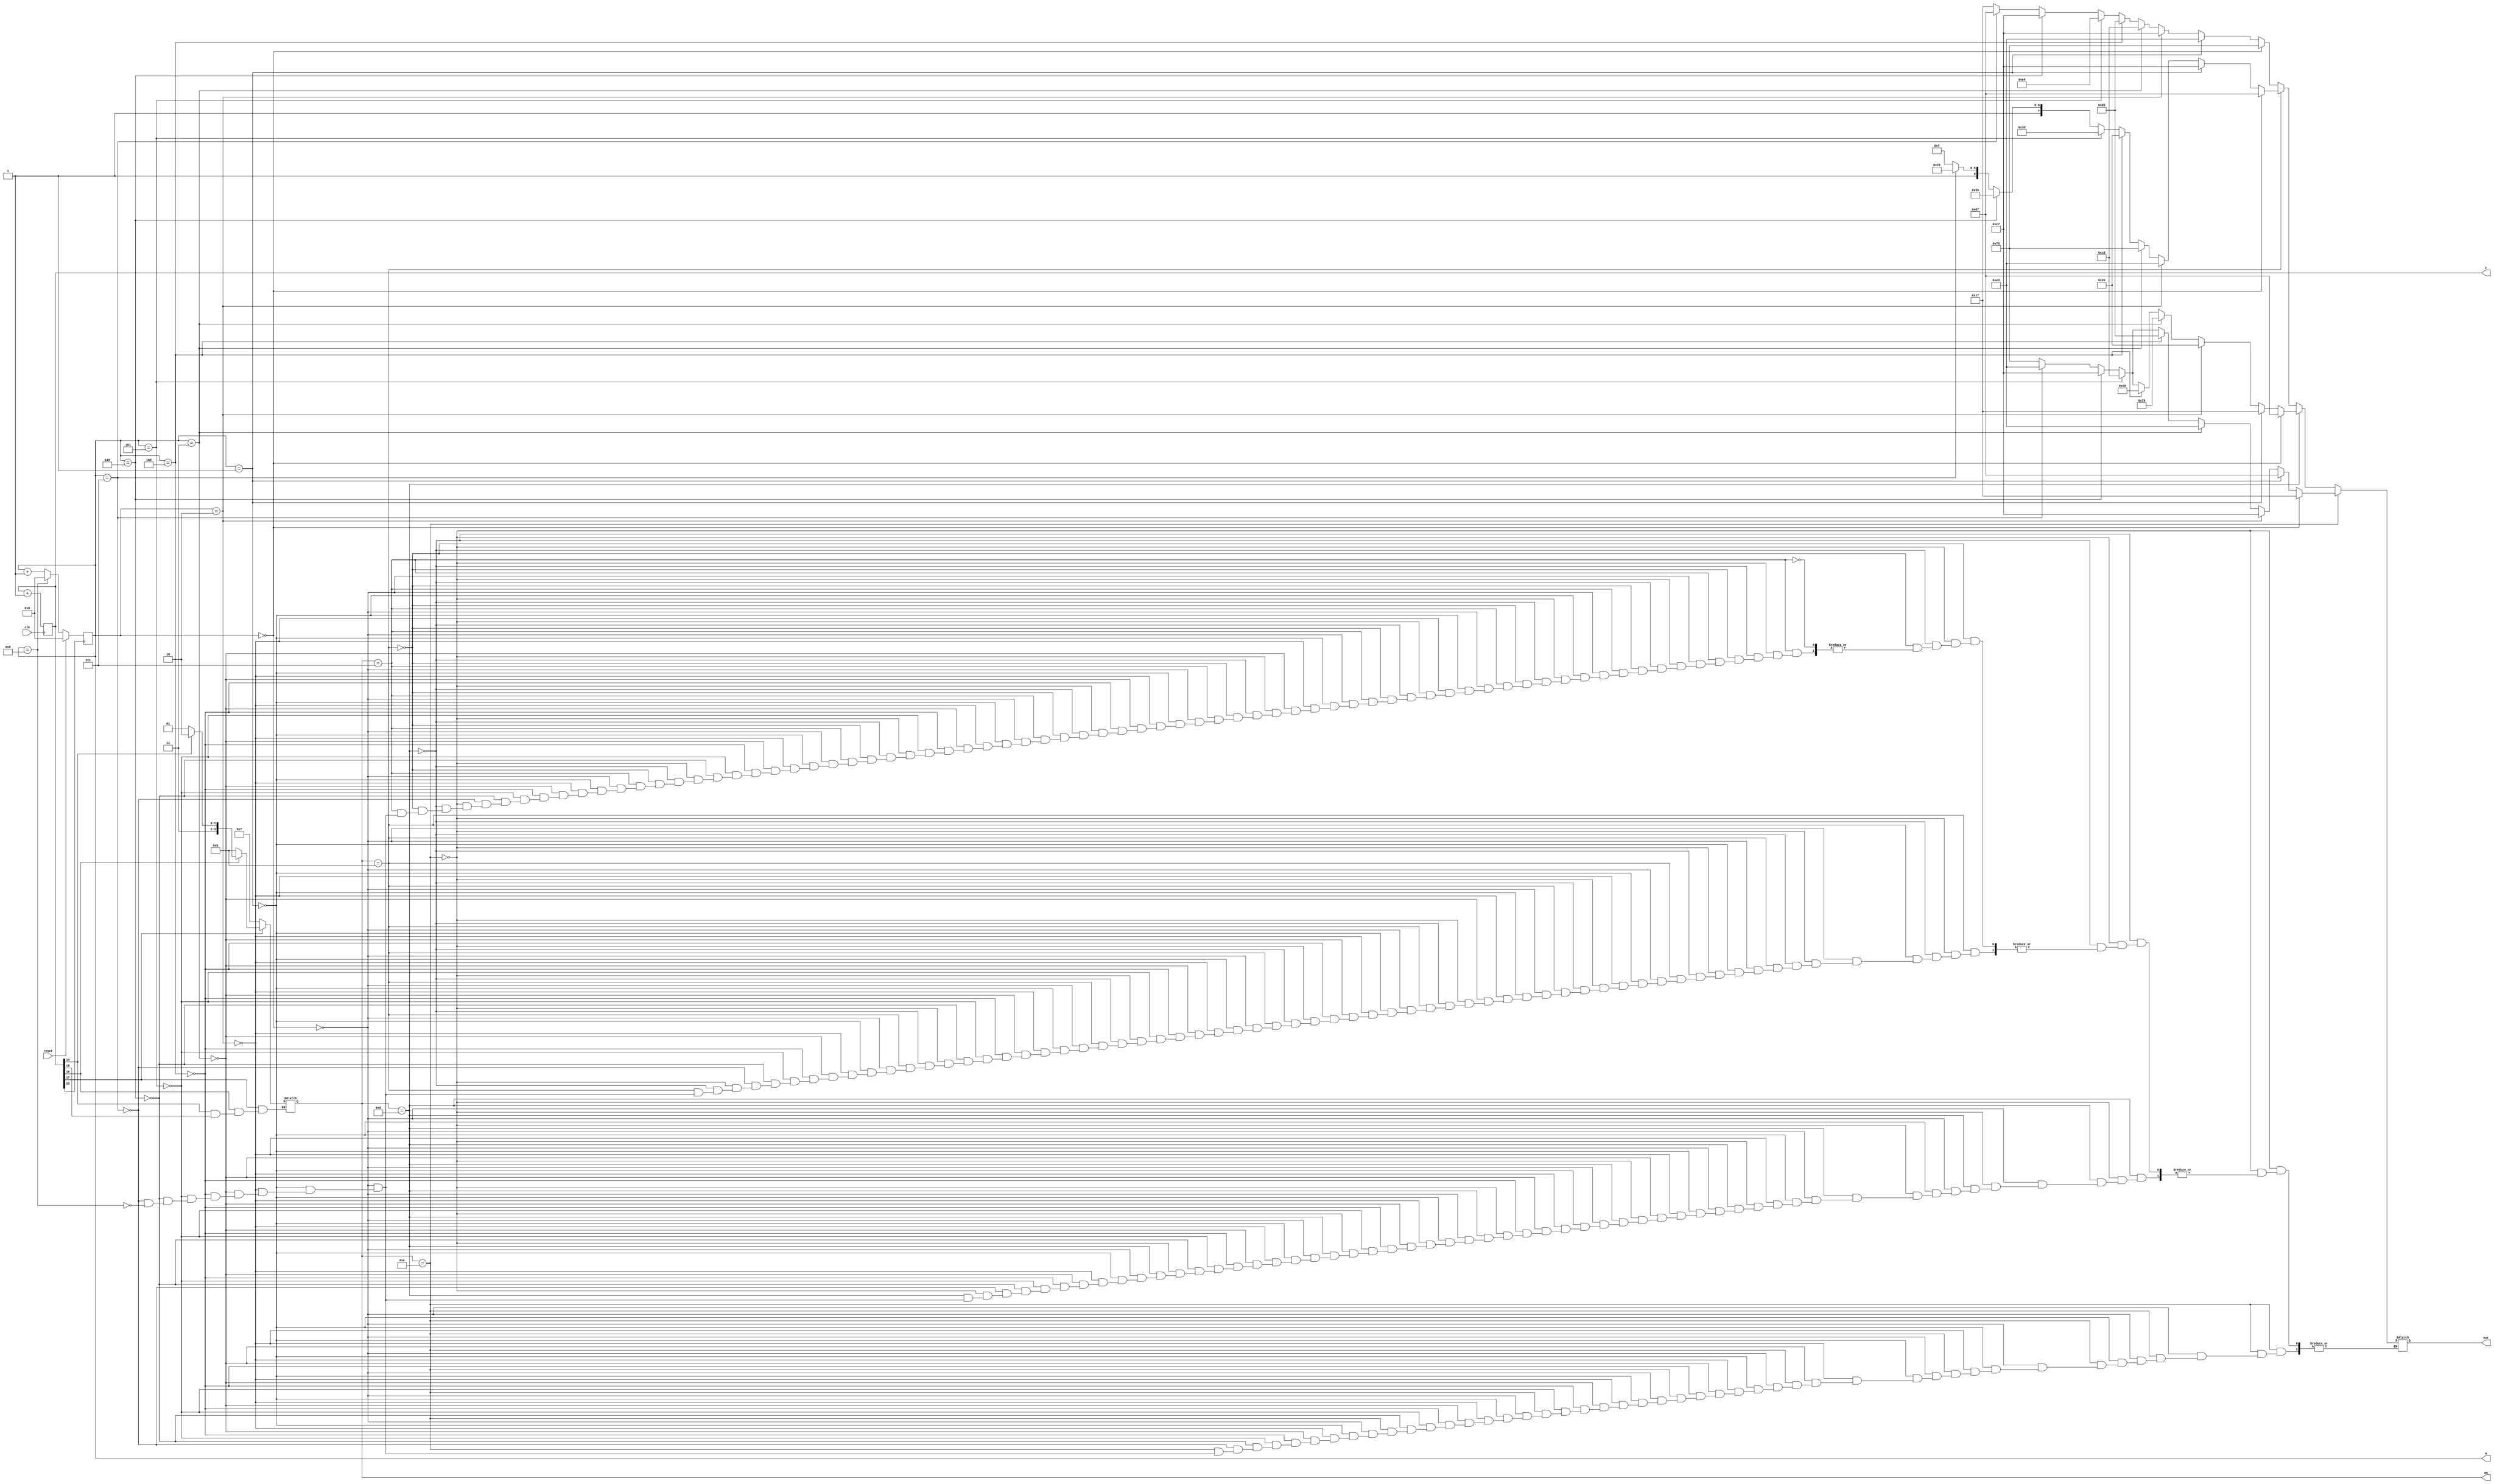
module dsadsa(clk,reset,am,a,c,out);
input clk,reset;
output reg [3:0] am,a;
output reg [25:0] c=0;
output reg [7:0] out;

always@(posedge clk)
c=c+1;
always@(posedge c[23])
begin
if (reset)
a=0;
else if (a==4'd8)
a=0;
else
a=a+1;
end

	always@(c)
	begin
	if (c[15]==0) am=4'b1110;
	if (c[14]==0) am=4'b1101;
	if (c[16]==0) am=4'b1011;
	if (c[17]==0) am=4'b0111;
	end

always@(a)
begin
if (am==4'b1110)
begin
if 		(a==4'd0) begin out=8'b00011111; end
else if  (a==4'd1) begin out=8'b10001111; end
else if  (a==4'd2) begin out=8'b11000111; end
else if  (a==4'd3) begin out=8'b11100011; end
else if  (a==4'd4) begin out=8'b11010101; end
else if  (a==4'd5) begin out=8'b11001101; end
else if  (a==4'd6) begin out=8'b11000111; end
else if  (a==4'd7) begin out=8'b11100011; end
else if  (a==4'd8) begin out=8'b01110011; end
end
else if (am==4'b1101)
begin
if 		(a==4'd0) begin out=8'b10001111; end
else if  (a==4'd1) begin out=8'b00011111; end
else if  (a==4'd2) begin out=8'b00111011; end
else if  (a==4'd3) begin out=8'b01111001; end
else if  (a==4'd4) begin out=8'b11011001; end
else if  (a==4'd5) begin out=8'b11001101; end
else if  (a==4'd6) begin out=8'b11000111; end
else if  (a==4'd7) begin out=8'b11100011; end
else if  (a==4'd8) begin out=8'b01110011; end
end
else if (am==4'b1011)
begin
if 		(a==4'd0) begin out=8'b10001111; end
else if  (a==4'd1) begin out=8'b11000111; end
else if  (a==4'd2) begin out=8'b11100011; end
else if  (a==4'd3) begin out=8'b01110011; end
else if  (a==4'd4) begin out=8'b00111011; end
else if  (a==4'd5) begin out=8'b00111101; end
else if  (a==4'd6) begin out=8'b10110101; end
else if  (a==4'd7) begin out=8'b11100101; end
else if  (a==4'd8) begin out=8'b11000111; end
end
else if (am==4'b0111)
begin
if 		(a==4'd0) begin out=8'b01110011;  end
else if  (a==4'd1) begin out=8'b11100011;  end
else if  (a==4'd2) begin out=8'b11000111;  end
else if  (a==4'd3) begin out=8'b11001101;  end
else if  (a==4'd4) begin out=8'b11010101;  end
else if  (a==4'd5) begin out=8'b11100101;  end
else if  (a==4'd6) begin out=8'b11000111;  end
else if  (a==4'd7) begin out=8'b10001111;  end
else if  (a==4'd8) begin out=8'b00011111;  end
end
end
endmodule